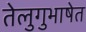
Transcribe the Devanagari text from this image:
तेलुगुभाषेत